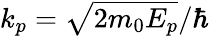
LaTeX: k_{p}=\sqrt{2m_{0}E_{p}}/\hbar